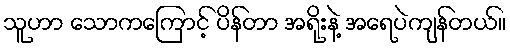
သူဟာ သောကကြောင့် ပိန်တာ အရိုးနဲ့ အရေပဲကျန်တယ်။